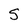
Character: S